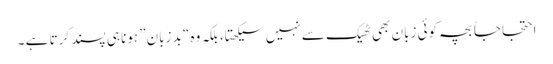
احتجاجاً بچہ کوئی زبان بھی ٹھیک سے نہیں سیکھتا، بلکہ وہ “بد زبان” ہونا ہی پسند کرتا ہے ۔